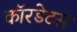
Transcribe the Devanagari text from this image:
कॉरडेटस